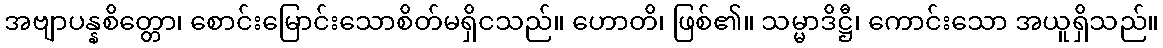
အဗျာပန္နစိတ္တော၊ စောင်းမြောင်းသောစိတ်မရှိငသည်။ ဟောတိ၊ ဖြစ်၏။ သမ္မာဒိဋ္ဌီ၊ ကောင်းသော အယူရှိသည်။